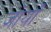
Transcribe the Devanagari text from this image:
जोयाँ